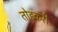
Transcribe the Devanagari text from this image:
तोडकरी